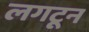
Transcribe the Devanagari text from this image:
लगटून